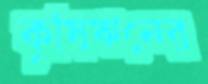
কৃষিঋনের